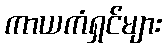
ကာယကံရှင်များ